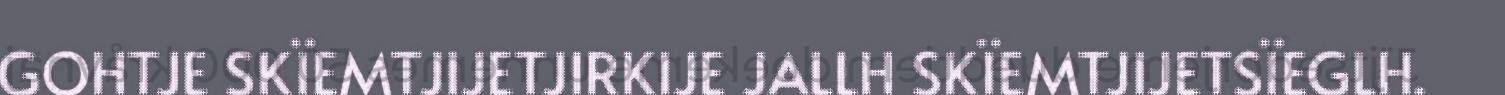
GOHTJE SKÏEMTJIJETJIRKIJE JALLH SKÏEMTJIJETSÏEGLH.